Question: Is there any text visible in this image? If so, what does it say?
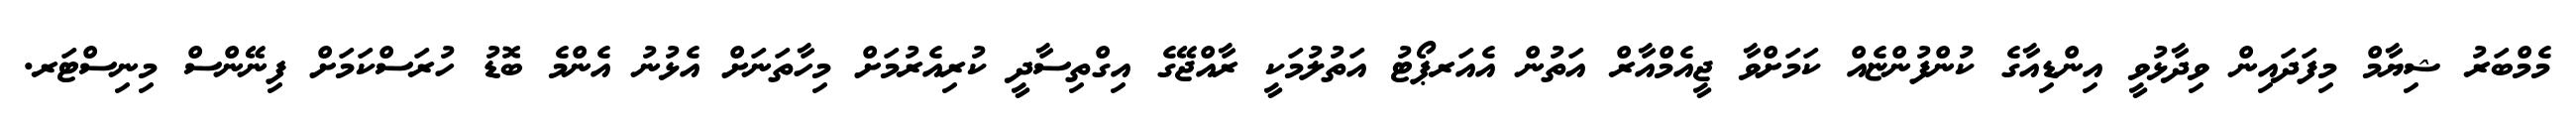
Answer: މެމްބަރު ޝިޔާމް މިފަދައިން ވިދާޅުވީ އިންޑިއާގެ ކުންފުންޏެއް ކަމަށްވާ ޖީއެމްއާރް އަތުން އެއަރޕޯޓު އަތުލުމަކީ ރާއްޖޭގެ އިގްތިސާދީ ކުރިއެރުމަށް މިހާތަނަށް އެޅުނު އެންމެ ބޮޑު ހުރަސްކަމަށް ފިނޭންސް މިނިސްޓަރ.